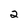
Character: 2